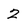
Character: 2